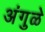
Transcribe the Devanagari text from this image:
अंगुळे